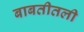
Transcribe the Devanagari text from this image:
बाबतीतली